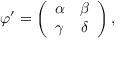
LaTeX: \varphi ^ { \prime } = \left( \begin{array} { c c } { { \alpha } } & { { \beta } } \\ { { \gamma } } & { { \delta } } \end{array} \right) ,